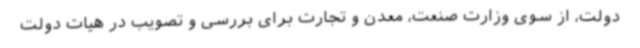
دولت، از سوی وزارت صنعت، معدن و تجارت برای بررسی و تصویب در هیات دولت